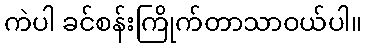
ကဲပါ ခင်စန်းကြိုက်တာသာဝယ်ပါ။